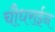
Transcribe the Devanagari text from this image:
चौधराईन